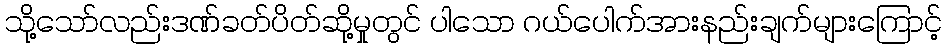
သို့သော်လည်းဒဏ်ခတ်ပိတ်ဆို့မှုတွင် ပါသော ဂယ်ပေါက်အားနည်းချက်များကြောင့်